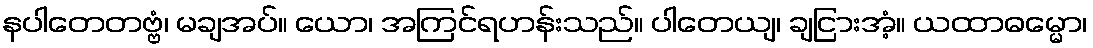
နပါတေတဗ္ဗံ၊ မချအပ်။ ယော၊ အကြင်ရဟန်းသည်။ ပါတေယျ၊ ချငြားအံ့။ ယထာဓမ္မော၊